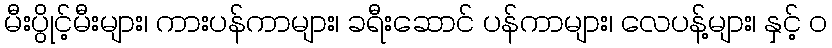
မီးပွိုင့်မီးများ၊ ကားပန်ကာများ၊ ခရီးဆောင် ပန်ကာများ၊ လေပန့်များ၊ နှင့် ၀